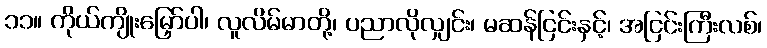
၁၁။ ကိုယ်ကျိုးမြှော်ပါ၊ လူလိမ်မာတို့၊ ပညာလိုလျှင်း၊ မဆန်ငြင်းနှင့်၊ အငြင်းကြီးလစ်၊